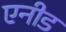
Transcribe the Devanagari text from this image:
एनीड